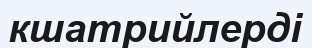
кшатрийлерді